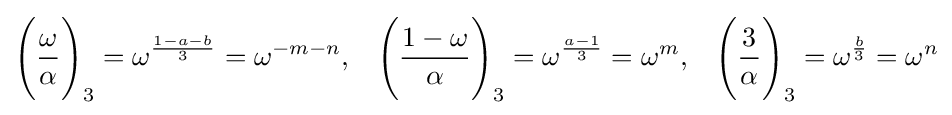
{\Bigg (}{\frac {\omega }{\alpha }}{\Bigg )}_{3}=\omega ^{\frac {1-a-b}{3}}=\omega ^{-m-n},\;\;\;{\Bigg (}{\frac {1-\omega }{\alpha }}{\Bigg )}_{3}=\omega ^{\frac {a-1}{3}}=\omega ^{m},\;\;\;{\Bigg (}{\frac {3}{\alpha }}{\Bigg )}_{3}=\omega ^{\frac {b}{3}}=\omega ^{n}